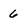
Character: 6